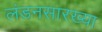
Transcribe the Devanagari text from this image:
लंडनसारख्या